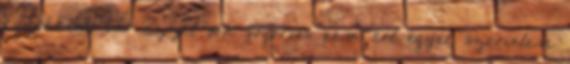
Egyébként, bár ezzel sok fogorvos nem ért egyet, szerintem